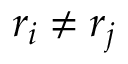
r _ { i } \neq r _ { j }